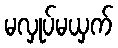
မလှုပ်မယှက်